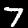
Digit: 7